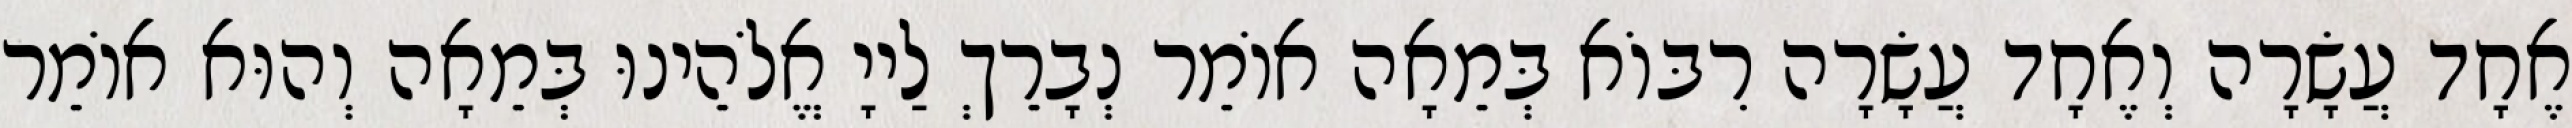
אֶחָד עֲשָׂרָה וְאֶחָד עֲשָׂרָה רִבּוֹא בְּמֵאָה אוֹמֵר נְבָרֵךְ לַייָ אֱלֹהֵינוּ בְּמֵאָה וְהוּא אוֹמֵר